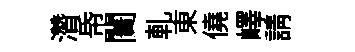
濳帋闠軋東僥嶧請